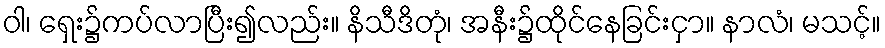
ဝါ၊ ရှေး၌ကပ်လာပြီး၍လည်း။ နိသီဒိတုံ၊ အနီး၌ထိုင်နေခြင်းငှာ။ နာလံ၊ မသင့်။